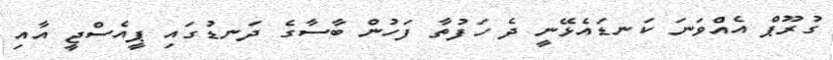
ގުރޫޕް އެއްވަނަ ކަނޑައެޅޭނީ ދެ ހަފުތާ ފަހުން ބާސާގެ ދަނޑުގައި ޕީއެސްޖީ އާއި